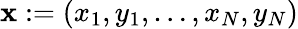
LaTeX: \mathbf x:=(x_{1},y_{1},\dots,x_{N},y_{N})